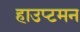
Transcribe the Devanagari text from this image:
हाउप्टमन